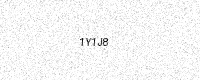
Text: 1Y1J8